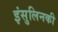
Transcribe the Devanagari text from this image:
इंसुलिनकी